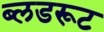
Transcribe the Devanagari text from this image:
ब्लडरूट